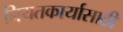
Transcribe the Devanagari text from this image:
नियतकार्यासाठी